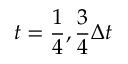
t = \frac { 1 } { 4 } , \frac { 3 } { 4 } \Delta t